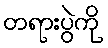
တရားပွဲကို